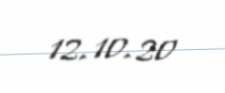
12.10.20